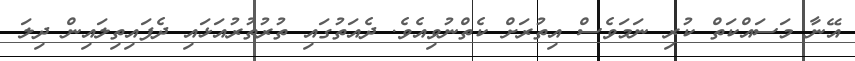
އޭނާ މަސައްކަތް ކުރި ނަމަވެސް އިތުރަށް ކެތްނުވިއެވެ. ދެއަތުގައި ތުރުތުރުއަޅައި ދެފައިތިލައިން ދިލަ